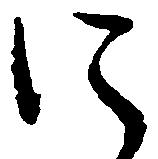
に